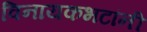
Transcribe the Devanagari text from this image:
विनायकभटांनी